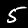
Label: 5